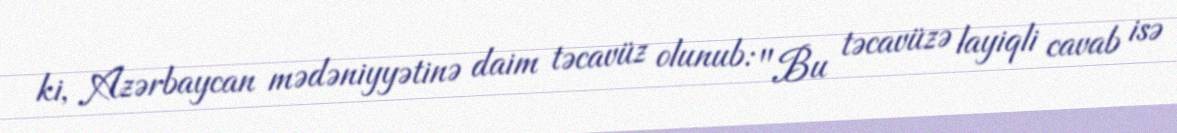
ki, Azərbaycan mədəniyyətinə daim təcavüz olunub: "Bu təcavüzə layiqli cavab isə